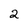
Character: 2